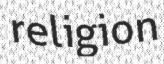
religion